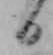
日